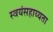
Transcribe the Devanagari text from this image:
स्वयंसहाय्यता